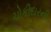
ચોકીદારની